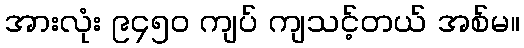
အားလုံး ၉၄၅၀ ကျပ် ကျသင့်တယ် အစ်မ။